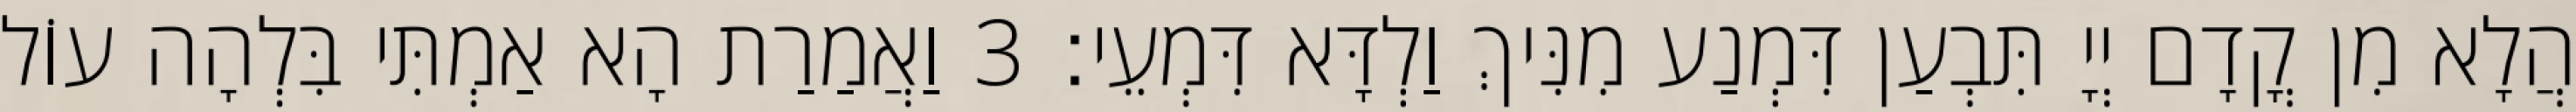
הֲלָא מִן קֳדָם יְיָ תִּבְעַן דִּמְנַע מִנִּיךְ וַלְדָּא דִּמְעֵי׃ 3 וַאֲמַרַת הָא אַמְתִּי בִּלְהָה עוֹל